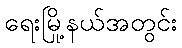
ရေးမြို့နယ်အတွင်း